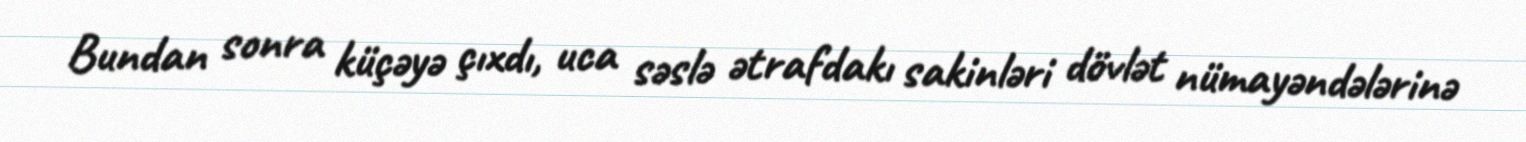
Bundan sonra küçəyə çıxdı, uca səslə ətrafdakı sakinləri dövlət nümayəndələrinə